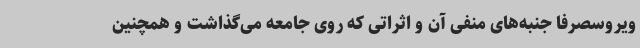
ویروسصرفا جنبه‌های منفی آن و اثراتی که روی جامعه می‌گذاشت و همچنین